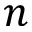
n